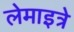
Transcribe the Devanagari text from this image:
लेमाइत्रे